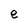
Character: e